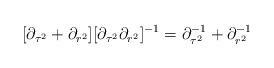
LaTeX: \begin{align*}[\partial_{\tau^{2}} + \partial_{r^{2}}][\partial_{\tau^{2}} \partial_{r^{2}}]^{-1} = \partial_{\tau^{2}}^{-1} + \partial_{r^{2}}^{-1}\end{align*}